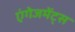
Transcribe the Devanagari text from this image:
एंगेजमेंट्स